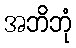
အဘိဘုံ